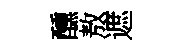
醺敖遮